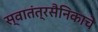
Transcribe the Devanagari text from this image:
स्वातंत्रसैनिकाचे